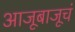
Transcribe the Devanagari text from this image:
आजूबाजूचं